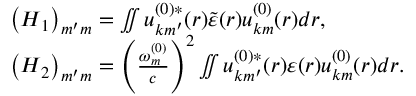
\begin{array} { r l } & { \left( \boldsymbol { H } _ { 1 } \right) _ { m ^ { \prime } m } = \iint u _ { \boldsymbol { k } m ^ { \prime } } ^ { ( 0 ) * } ( \boldsymbol { r } ) \tilde { \varepsilon } ( \boldsymbol { r } ) u _ { \boldsymbol { k } m } ^ { ( 0 ) } ( \boldsymbol { r } ) d \boldsymbol { r } , } \\ & { \left( \boldsymbol { H } _ { 2 } \right) _ { m ^ { \prime } m } = \left( \frac { \omega _ { m } ^ { ( 0 ) } } { c } \right) ^ { 2 } \iint u _ { \boldsymbol { k } m ^ { \prime } } ^ { ( 0 ) * } ( \boldsymbol { r } ) \varepsilon ( \boldsymbol { r } ) u _ { \boldsymbol { k } m } ^ { ( 0 ) } ( \boldsymbol { r } ) d \boldsymbol { r } . } \end{array}